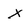
Character: x